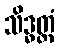
သိဒ္ဓတ္ထံ